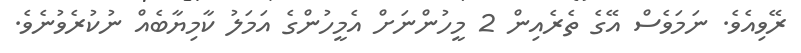
ރޭވިއެވެ. ނަމަވެސް އޭގެ ތެރެއިން 2 މީހުންނަށް އެމީހުންގެ އަމަލު ކާމިޔާބެއް ނުކުރެވުނެވެ.